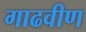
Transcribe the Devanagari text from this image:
गाढवीण